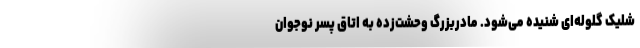
شلیک گلوله‌ای شنیده می‌شود. مادربزرگ وحشت‌زده به اتاق پسر نوجوان